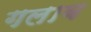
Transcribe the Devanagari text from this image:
गलाब